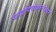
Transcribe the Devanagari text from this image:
चन्द्रदिवाकरनेत्रधरे